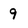
Character: 9